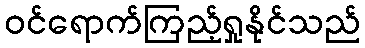
ဝင်ရောက်ကြည့်ရှုနိုင်သည်